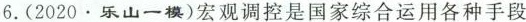
6.(2020.乐山一模)宏观调控是国家综合运用各种手段